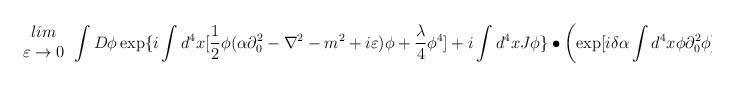
LaTeX: \begin{align*}\begin{array}{c}lim\\\varepsilon \rightarrow 0\end{array}\int D\phi \exp \{i\int d^{4}x[\frac{1}{2}\phi (\alpha \partial ^{2}_{0}-\nabla ^{2}-m^{2}+i\varepsilon )\phi +\frac{\lambda }{4}\phi ^{4}]+i\int d^{4}xJ\phi \}\bullet \left( \exp [i\delta \alpha \int d^{4}x\phi \partial ^{2}_{0}\phi ]-1\right)\end{align*}